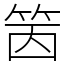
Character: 䇧